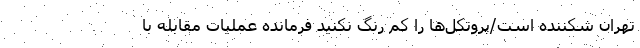
تهران شکننده است/پروتکل‌ها را کم رنگ نکنید فرمانده عملیات مقابله با